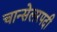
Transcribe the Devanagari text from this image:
चान्सेलरपदी